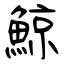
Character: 鯨